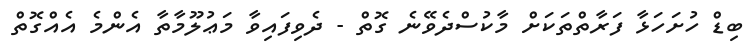
ބިޑް ހުށަހަޅާ ފަރާތްތަކަށް މާކުސްދެވޭނެ ގޮތް - ދެވިފައިވާ މަޢުލޫމާތާ އެންމެ އެއްގޮތް